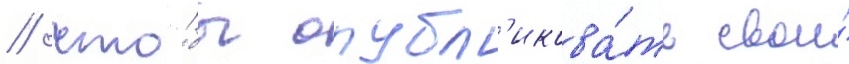
/ что́бы опубл'икова́ть свои́